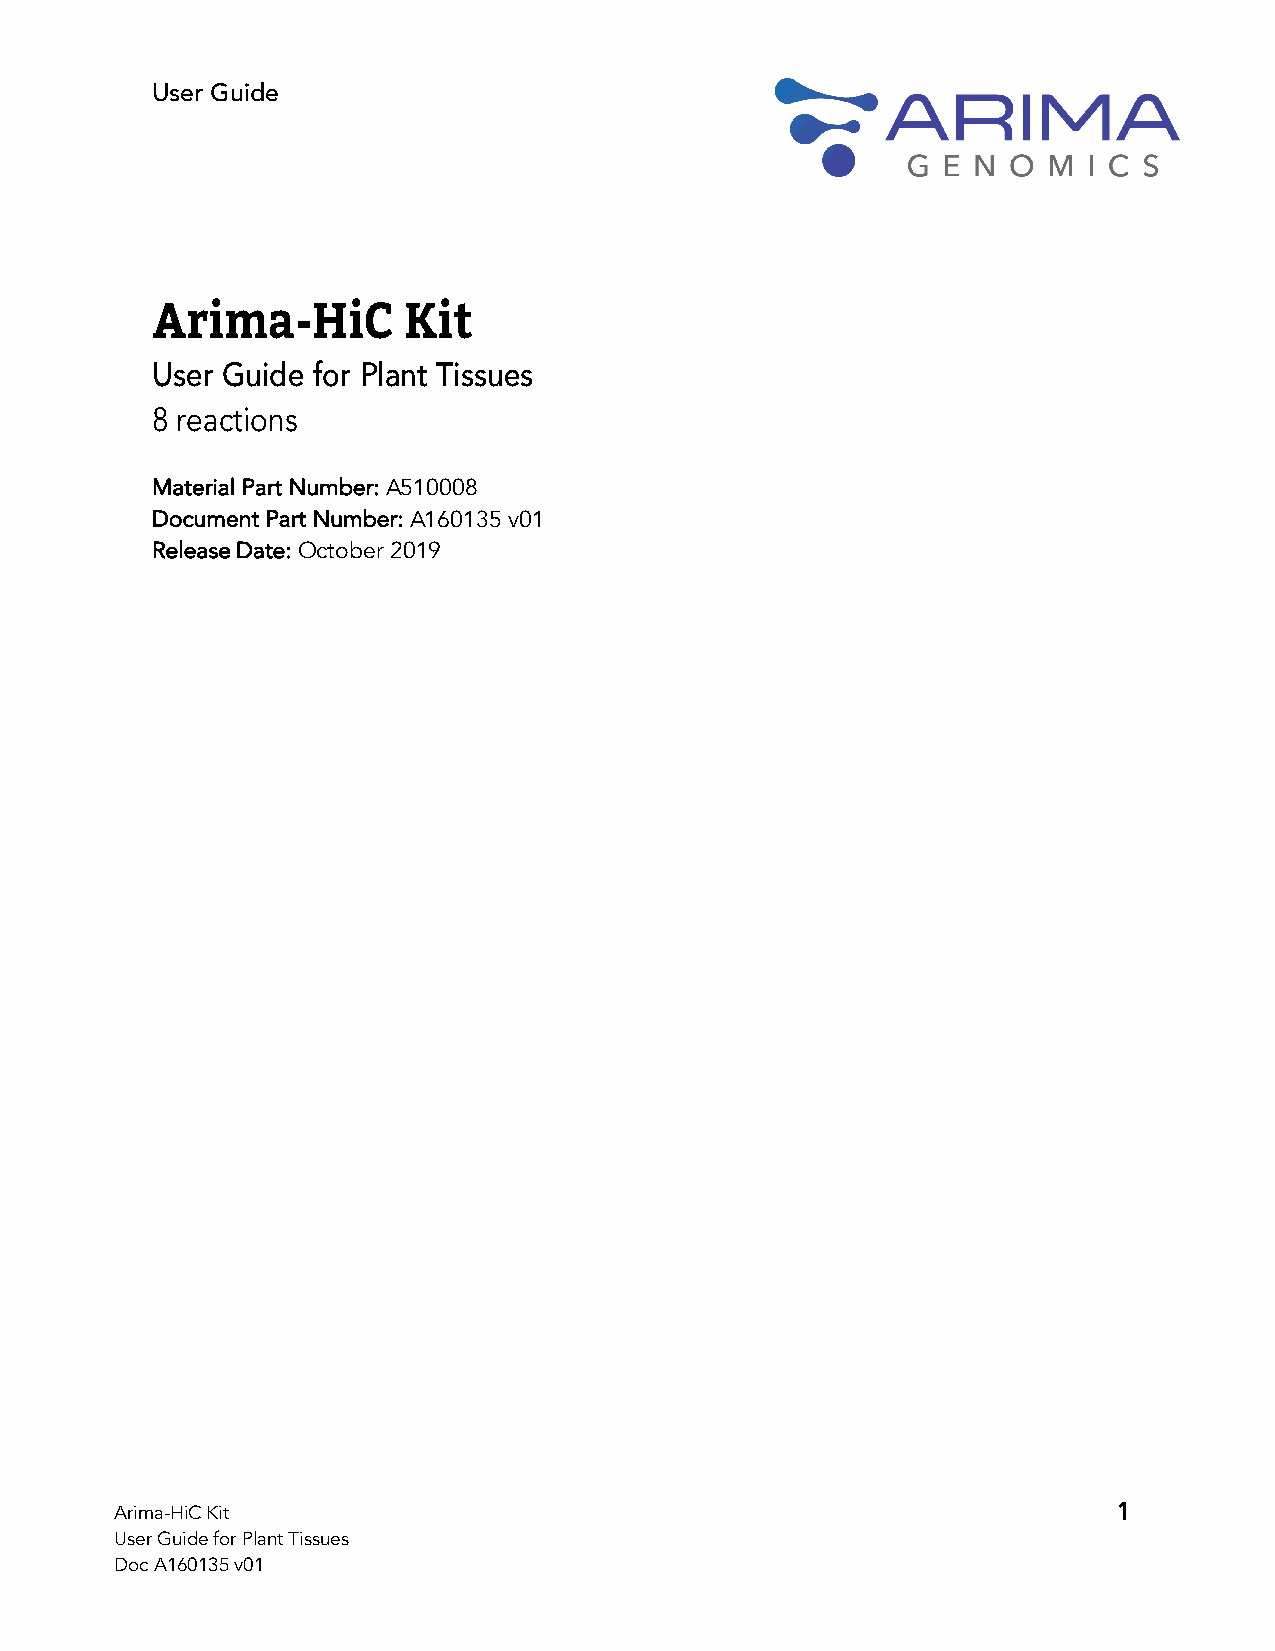
User Guide
 Arima-HiC        Kit
 User Guide for Plant Tissues
 8 reactions
 Material Part Number: A510008
 Document Part Number: A160135 v01
 Release Date: October 2019
 Arima-HiC Kit                                                     1
 User Guide for Plant Tissues
 Doc A160135 v01